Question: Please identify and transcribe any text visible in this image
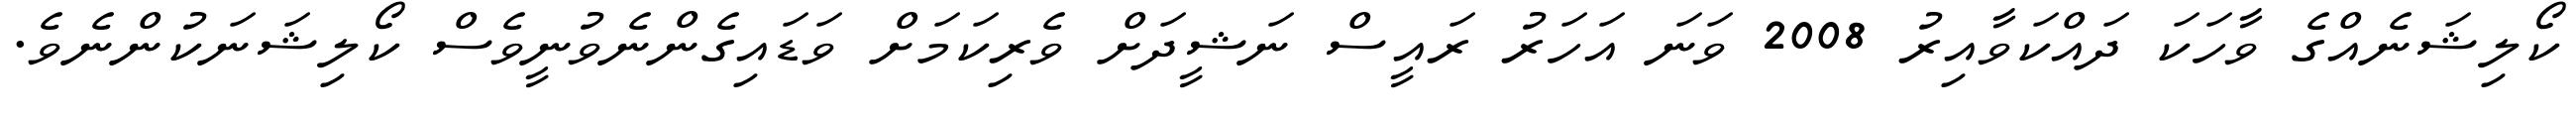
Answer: ކޯލިޝަނެއްގެ ވާހަކަ ދައްކަވާއިރު 2008 ވަނަ އަހަރު ރައީސް ނަޝީދަށް ވެރިކަމަށް ވަޑައިގެންނެވުނީވެސް ކޯލިޝަނަކުންނެވެ.